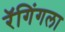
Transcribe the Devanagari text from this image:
रॅगिंगला